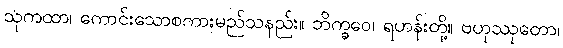
သုကထာ၊ ကောင်းသောစကားမည်သနည်း။ ဘိက္ခဝေ၊ ရဟန်းတို့။ ဗဟုဿုတော၊